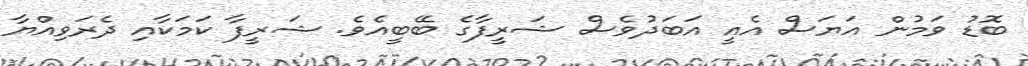
ބޮޑު ވަމުން އަޔަސް އެއީ އަބަދުވެސް ޝަރީފާގެ ބޭބީއެވެ. ޝަރީފާ ކަމަކާއި ދެރަވިއްޔާ